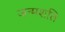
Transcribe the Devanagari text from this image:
जन्मशति